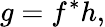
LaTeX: g=f^{\ast}h,